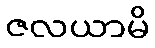
ဇလယာမိ